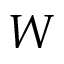
W